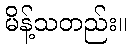
မိန့်သတည်း။